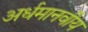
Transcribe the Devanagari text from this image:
अर्धमानवीय